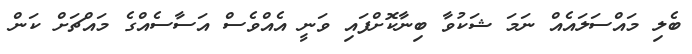
ބެލި މައްސަލައެއް ނަމަ ޝަކުވާ ބިނާކޮށްފައި ވަނީ އެއްވެސް އަސާސެއްގެ މައްޗަށް ކަން